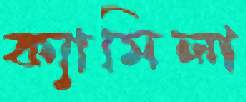
ক্যামিলা